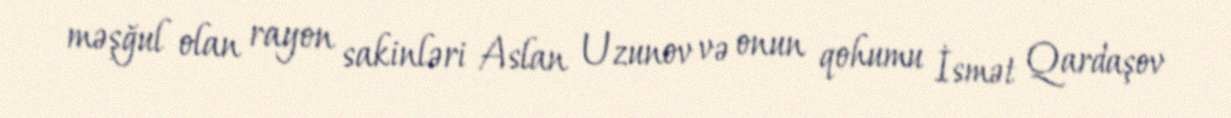
məşğul olan rayon sakinləri Aslan Uzunov və onun qohumu İsmət Qardaşov